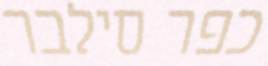
כפר סילבר